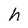
Character: h